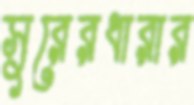
সুরেরধারার